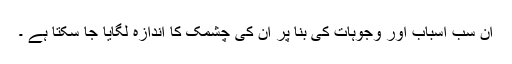
ان سب اسباب اور وجوہات کی بنا پر ان کی چشمک کا اندازہ لگایا جا سکتا ہے ۔